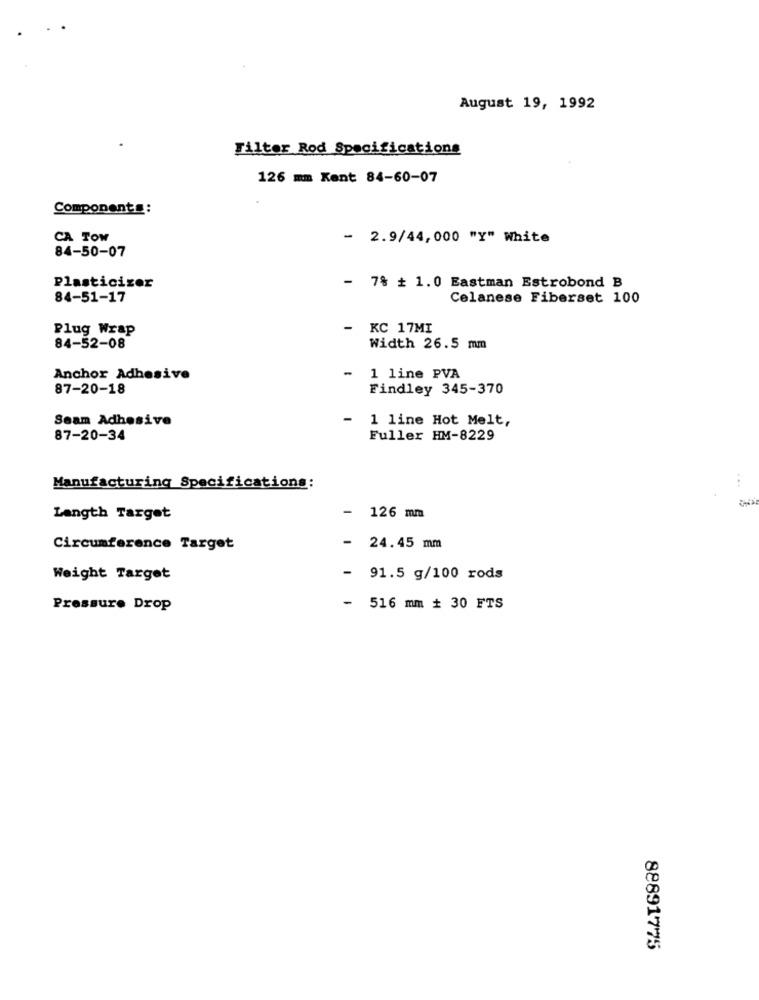
August 19, 1992
Tilter Rod Specifications
126 mm Kent 84-60-07
Components:
CA TOW
- 2.9/44,000 "Y" White
84-50-07
Plasticizer
- 7% + 1.0 Eastman Estrobond B
84-51-17
Celanese Fiberset 100
Plug Wrap
KC 17MI
84-52-08
Width 26.5 mm
-
Anchor Adhesive
1 line PVA
87-20-18
Findley 345-370
Seam Adhesive
1 line Hot Melt,
87-20-34
Fuller HM-8229
Manufacturing Specifications:
...
-
126 mm
Langth Target
Circumference Target
- 24.45 mm
Weight Target
- 91.5 g/100 rods
Pressure Drop
- 516 mm # 30 FTS
88891775